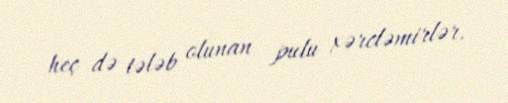
heç də tələb olunan pulu xərcləmirlər.